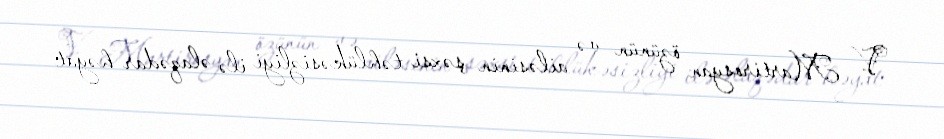
V. Martirosyan özünün və ailəsinin şəxsi təhlükəsizliyi ilə əlaqədar həyat